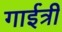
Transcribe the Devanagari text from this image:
गाईत्री